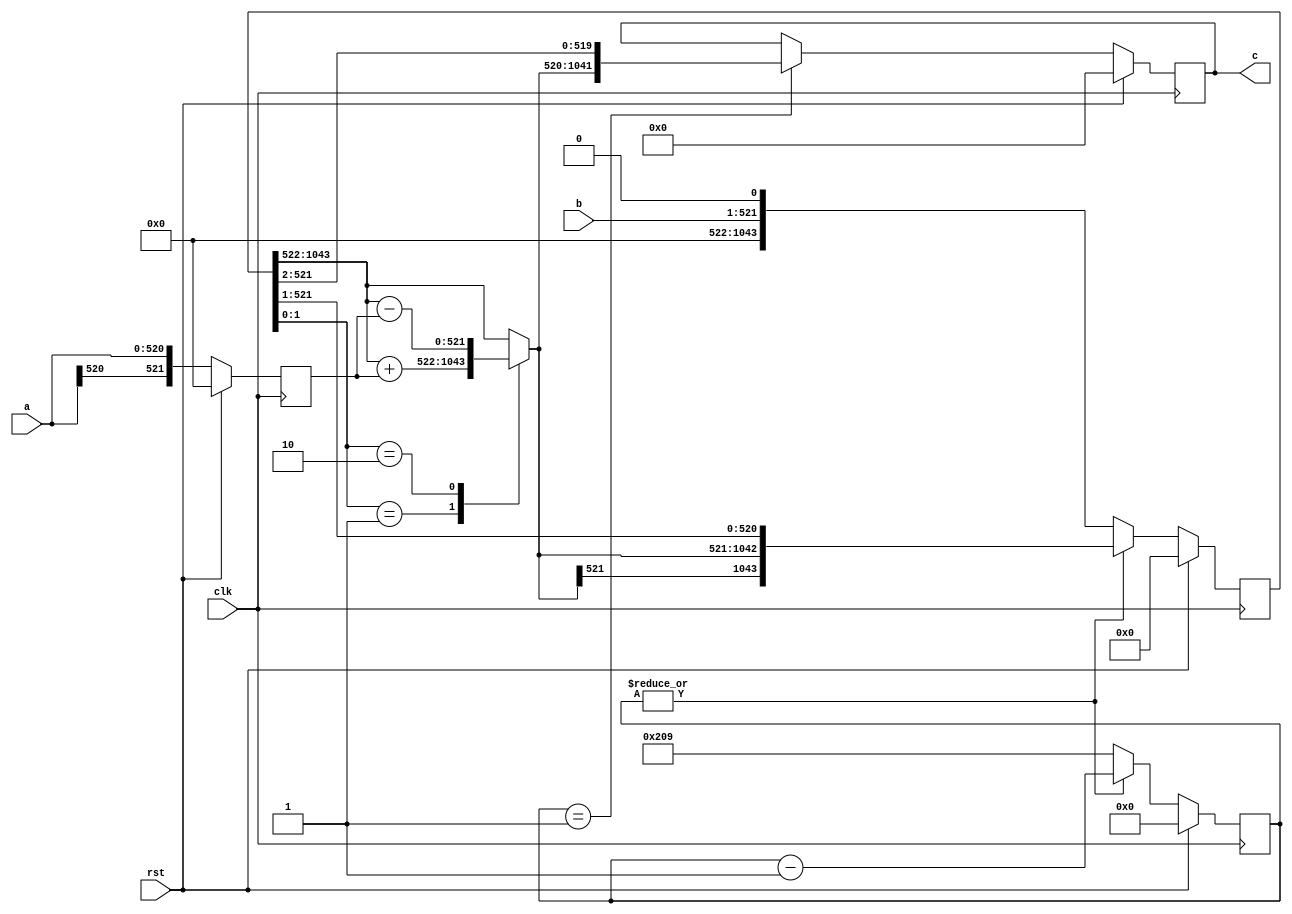
// TalTech large integer multiplier library
// Multiplier type: booth
// Parameters: 521 521 1
// Target tool: genus
module booth(clk, rst, a, b, c);
input clk;
input rst;
input [520:0] a;
input [520:0] b;
output reg [1041:0] c;

// no pipeline vars

// Registers declaration 
reg  [521:0] mul_w_signguard;
reg  [9:0] count;
reg  [521:0] add_w_signguard;
reg  [1043:0] mul_ab1;

// Step-1 of Booth Multiplier
always @(posedge clk) begin
	if (rst)
		count <= 10'd0;
	else if (|count)
		count <= (count - 1);
	else
		count <= 10'd521;
end

// Step-2 of Booth Multiplier
always @(posedge clk) begin
	if (rst)
		mul_w_signguard <= 521'd0;
	else
		mul_w_signguard <= {a[521 - 1], a};
end

// Step-3 of Booth Multiplier
always @(*) begin
	case (mul_ab1[1:0])
		2'b01     : add_w_signguard <= mul_ab1[1043:522] + mul_w_signguard;
		2'b10     : add_w_signguard <= mul_ab1[1043:522] - mul_w_signguard;
		default   : add_w_signguard <= mul_ab1[1043:522];
	endcase
end

// Step-4 of Booth Multiplier
always @(posedge clk) begin
	if (rst)
		mul_ab1 <= 1043'd0;
	else if (|count)
		mul_ab1 <= {add_w_signguard[521], add_w_signguard, mul_ab1[521:1]};
	else
		mul_ab1 <= {b, 1'b0};
end

// Step-5 of Booth Multiplier
always @(posedge clk) begin
	if (rst)
		c <= 1041'd0;
	else if (count == 1)
		c <= {add_w_signguard[521], add_w_signguard, mul_ab1[521:2]};
end
endmodule